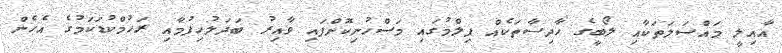
އާއިލީ މައްސަލަތަކާއި ލޯބީގެ ހާދިސާތަކެއް ފިލްމުގައި މަސްހުނިކޮށްފައި ވާއިރު ބަދަލުހިފުމާއި ރަހުމްކުޑަކަމުގެ އެހެން